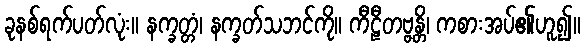
ခုနစ်ရက်ပတ်လုံး။ နက္ခတ္တံ၊ နက္ခတ်သဘင်ကို။ ကီဠီတဗ္ဗန္တိ၊ ကစားအပ်၏ဟူ၍။